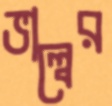
ভাল্বের